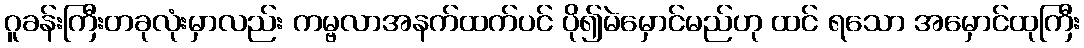
ဂူခန်းကြီးတခုလုံးမှာလည်း ကမ္ဗလာအနက်ထက်ပင် ပို၍မဲမှောင်မည်ဟု ထင် ရသော အမှောင်ထုကြီး